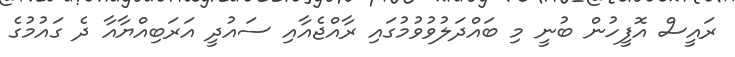
ރައީސް އޮފީހުން ބުނީ މި ބައްދަލުވުވުމުގައި ރާއްޖެއާއި ސައުދީ އަރަބިއްޔާއާ ދެ ގައުމުގެ